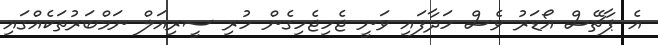
އެ ޕާޗޭސް އޯޑަރު ވެސް ހަދާފައި ވަނީ ޖެހިޖެހިގެން ހުރި ސީރިއަލް ނަމްބަރުތަކެއްގައި